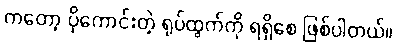
ကတော့ ပိုကောင်းတဲ့ ရုပ်ထွက်ကို ရရှိစေ ဖြစ်ပါတယ်။